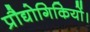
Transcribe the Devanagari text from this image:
प्रौद्योगिकियों।